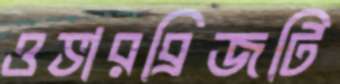
ওভারব্রিজটি